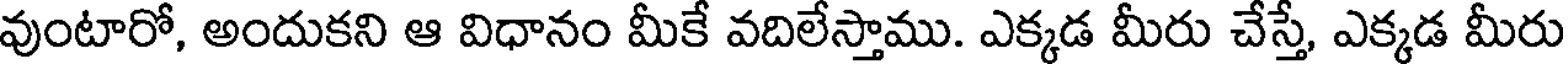
వుంటారో, అందుకని ఆ విధానం మీకే వదిలేస్తాము. ఎక్కడ మీరు చేస్తే, ఎక్కడ మీరు